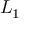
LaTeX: L _ { \mathrm { 1 } }